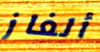
ألغاز